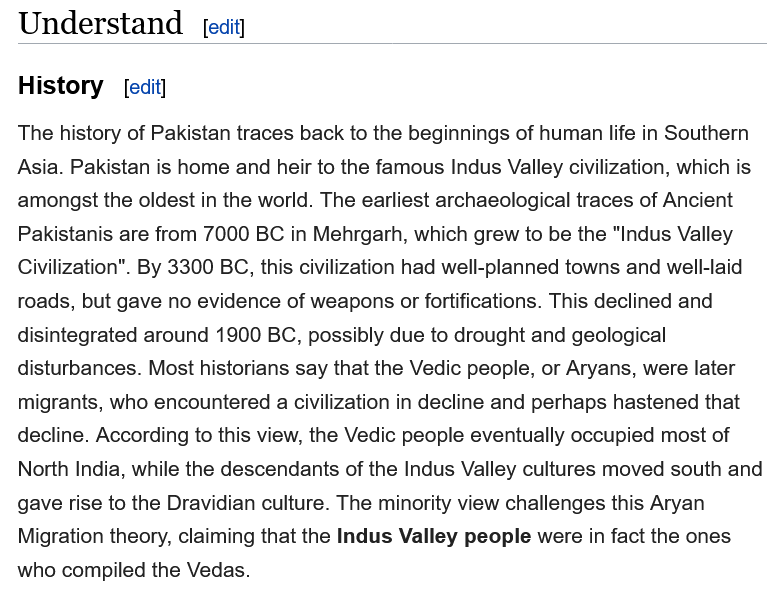
Understand
  History
  The history of Pakistan traces back to the beginnings of human life in Southern
  Asia. Pakistan is home and heir to the famous Indus Valley civilization, which is
  amongst  the oldest in the world. The earliest archaeological traces of Ancient
  Pakistanis are from 7000 BC in Mehrgarh, which grew to be the "Indus Valley
  Civilization". By 3300 BC, this civilization had well-planned towns and well-laid
  roads, but gave no evidence of weapons or fortifications. This declined and
  disintegrated around 1900 BC, possibly due to drought and geological
  disturbances. Most historians say that the Vedic people, or Aryans, were later
  migrants, who encountered
  a
     civilization in decline and perhaps hastened that
  decline. According to this view, the Vedic people eventually occupied most of
  North India, while the descendants of the Indus Valley cultures moved south and
  gave rise to the Dravidian culture. The minority view challenges this Aryan
  Migration theory, claiming that the Indus Valley people were in fact the ones
  who compiled the Vedas.
     [edit]
     [edit]